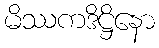
မိဿကဒိဋ္ဌိနော